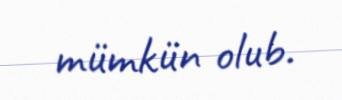
mümkün olub.